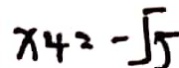
x 4 = - \sqrt { 5 }